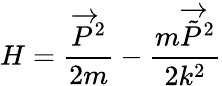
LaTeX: H=\frac{\overrightarrow{P}^{2}}{2m}-\frac{m\overrightarrow{\tilde{P}}^{2}}{2k^{2}}